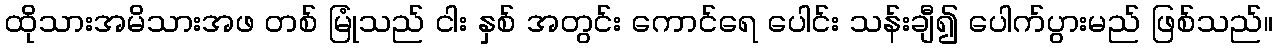
ထိုသားအမိသားအဖ တစ် မြုံသည် ငါး နှစ် အတွင်း ကောင်ရေ ပေါင်း သန်းချီ၍ ပေါက်ပွားမည် ဖြစ်သည်။